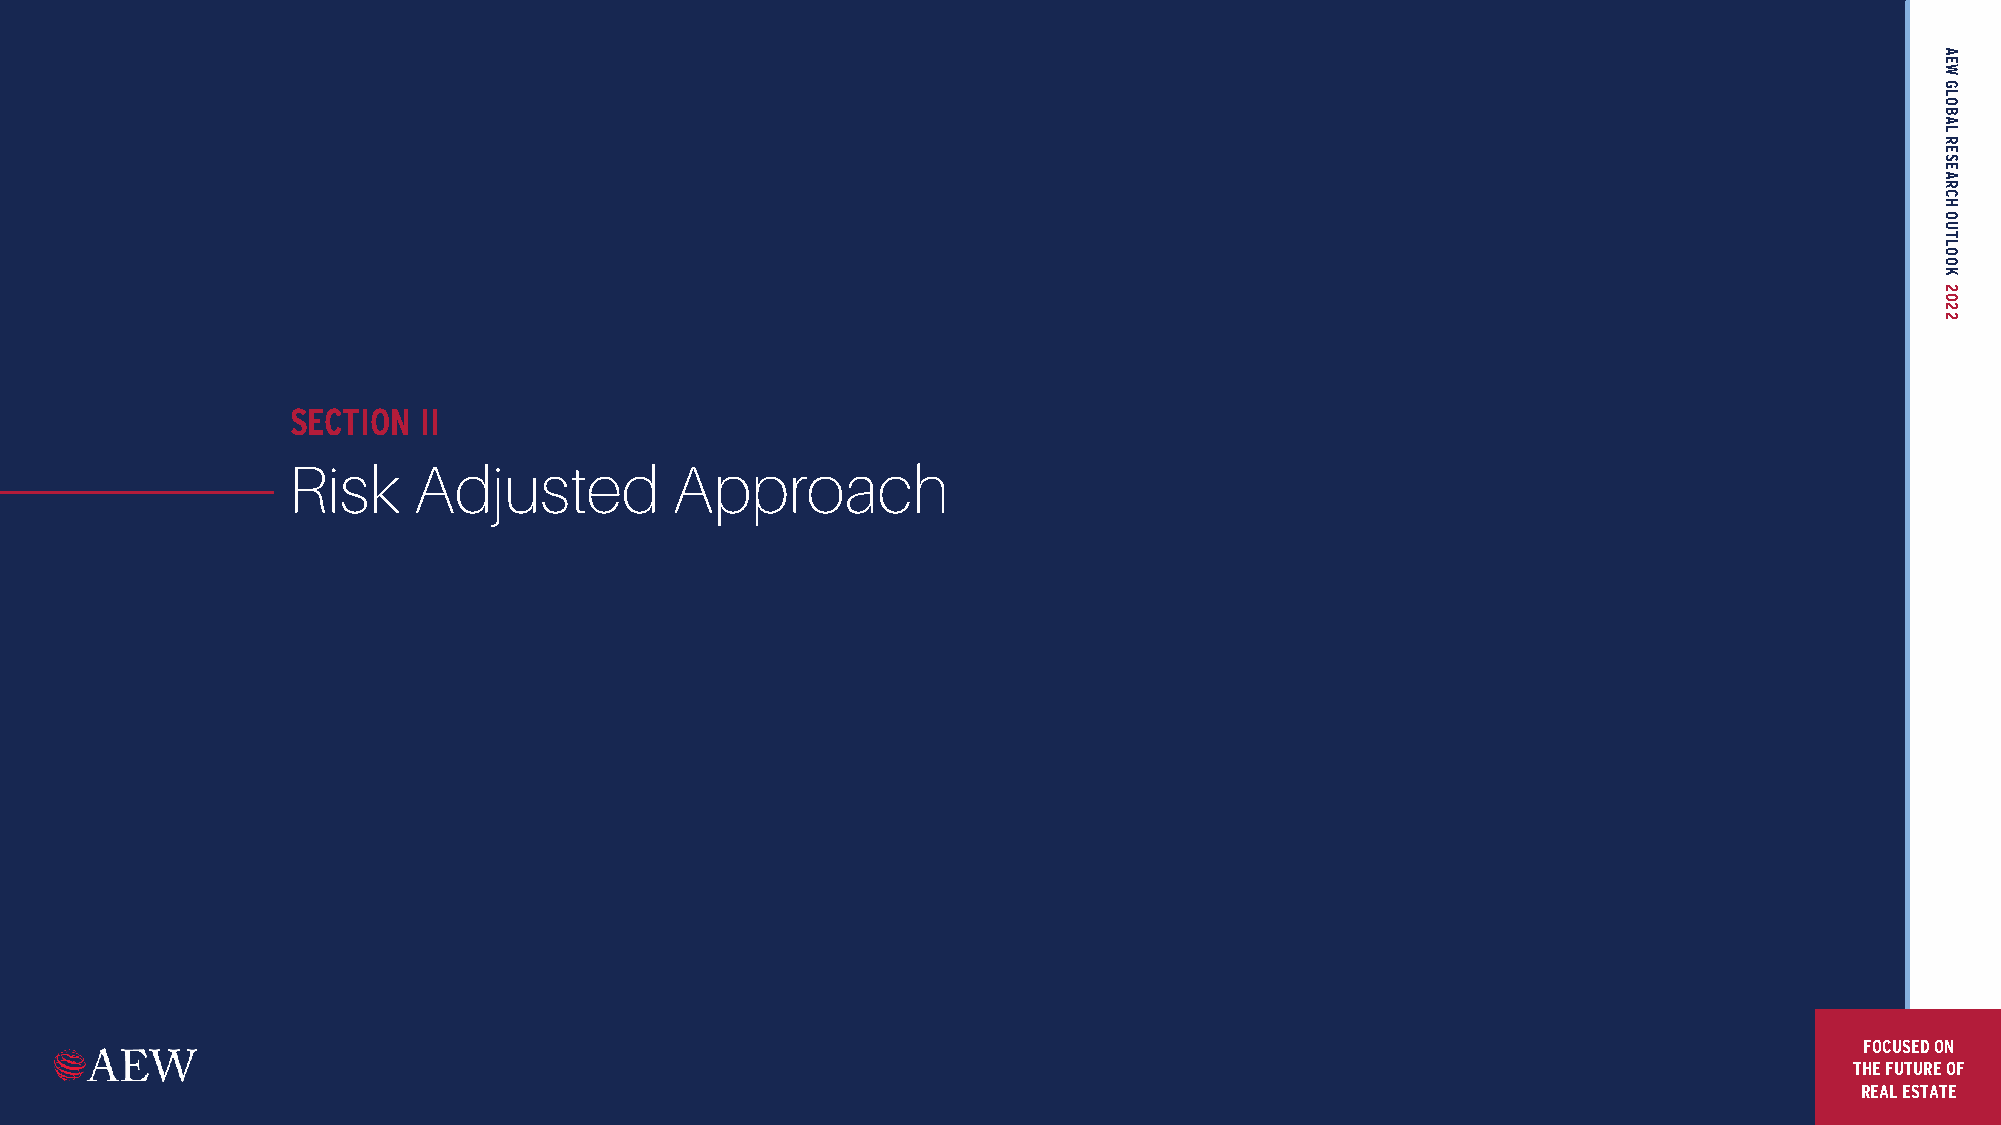
SECTION  II
 Risk    Adjusted         Approach
 FOCUSED ON
 THE FUTURE OF
 REAL ESTATE
 AEW
 GLOBAL
 RESEARCH
 OUTLOOK
 2022